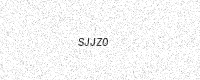
Text: SJJZ0